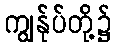
ကျွန်ုပ်တို့၌